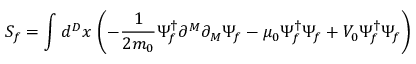
S _ { f } = \int d ^ { D } x \, \left( - \frac { 1 } { 2 m _ { 0 } } \Psi _ { f } ^ { \dagger } \partial ^ { M } \partial _ { M } \Psi _ { f } - \mu _ { 0 } \Psi _ { f } ^ { \dagger } \Psi _ { f } + V _ { 0 } \Psi _ { f } ^ { \dagger } \Psi _ { f } \right)